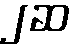
၂ဆ